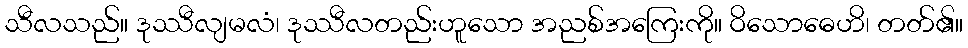
သီလသည်။ ဒုဿီလျမလံ၊ ဒုဿီလတည်းဟူသော အညစ်အကြေးကို။ ဝိသောဓေဟိ၊ တတ်၏။